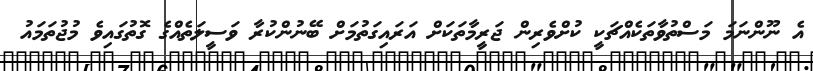
އެ ނޫންނަމަ މަސްތުވާތަކެއްޗަކީ ކުށްވެރިން ޖަރީމާތަކަށް އަރައިގަތުމަށް ބޭނުންކުރާ ވަސީލަތެއްގެ ގޮތުގައިވެ މުޖުތަމައު